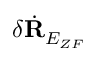
\delta \Dot { \mathbf { R } } _ { E _ { Z F } }